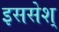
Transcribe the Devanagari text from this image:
इससेश्